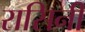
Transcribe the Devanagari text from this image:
रासिनी